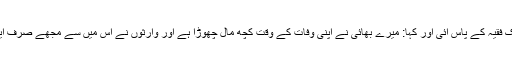
’’ایک عورت ایک فقیہ کے پاس آئی اور کہا: میرے بھائی نے اپنی وفات کے وقت کچھ مال چھوڑا ہے اور وارثوں نے اس میں سے مجھے صرف ایک درہم دیا ہے۔